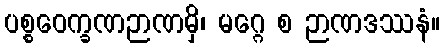
ပစ္စဝေက္ခဏဉာဏမှိ၊ မဂ္ဂေ စ ဉာဏဒဿနံ။